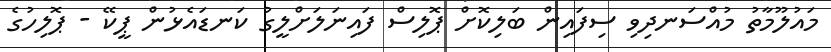
މައުލޫމާތު މުއްސަނދިވި ސިފައިން ބަލިކޮށް ޕޮލިސް ފައިނަލަށްލީގު ކަނޑައެޅުން ޕީކޭ - ޕޮލިހުގެ